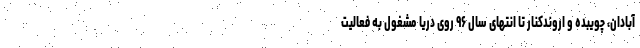
آبادان، چویبده و اروندکنار تا انتهای سال ۹۶ روی دریا مشغول به فعالیت